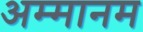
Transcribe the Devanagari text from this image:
अम्मानम